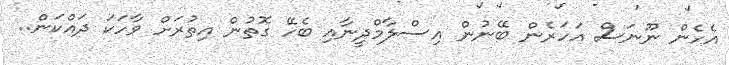
އެހެން ނޫނަސް އަހަރެން ބޭނުން އިސްލާމްދީނާއި ބެހޭ ގޮތުން އިތުރަށް ވާހަކަ ދައްކަން..